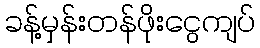
ခန့်မှန်းတန်ဖိုးငွေကျပ်